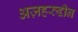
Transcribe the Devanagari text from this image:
अज़हरुद्दीन